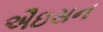
ઐઇસન